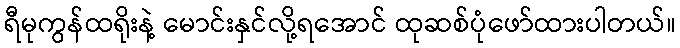
ရီမုကွန်ထရိုးနဲ့ မောင်းနှင်လို့ရအောင် ထုဆစ်ပုံဖော်ထားပါတယ်။